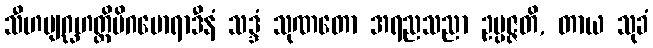
သီဟဗျဂ္ဃဟတ္ထိမိဂမောရာဒီနံ သဒ္ဒံ သုဏတော အရညသညာ ဥပ္ပဇ္ဇတိ, တာယ သုခံ